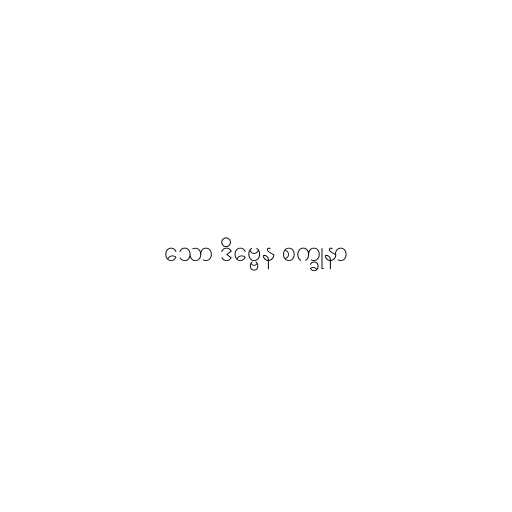
သော ဒိဗ္ဗေန စက္ခုနာ